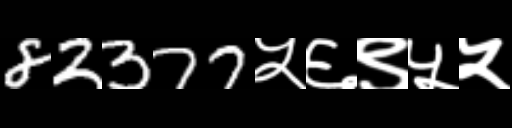
Text: 82377५६९५५